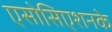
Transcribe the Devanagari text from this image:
एसोसिएशनके